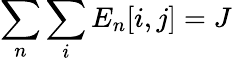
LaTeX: \sum_{n}{\sum_{i}{E_{n}[i,j]}}=J